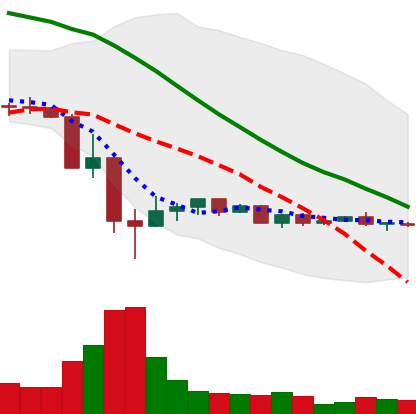
Ticker: DOGE-USD
Chart end date: 2022-05-25
Forward return: 5.888%
Label: up_5_7